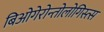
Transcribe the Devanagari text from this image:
बिओगेरोन्तोलोगिस्त्स